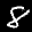
Label: 8